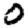
Digit: 0